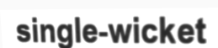
single-wicket